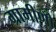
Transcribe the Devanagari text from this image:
ग्रामीणोँ